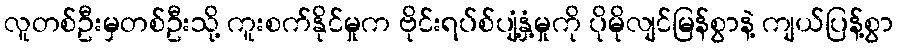
လူတစ်ဦးမှတစ်ဦးသို့ ကူးစက်နိုင်မှုက ဗိုင်းရပ်စ်ပျံ့နှံ့မှုကို ပိုမိုလျင်မြန်စွာနဲ့ ကျယ်ပြန့်စွာ